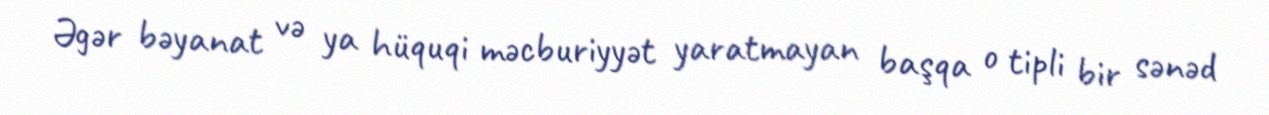
Əgər bəyanat və ya hüquqi məcburiyyət yaratmayan başqa o tipli bir sənəd